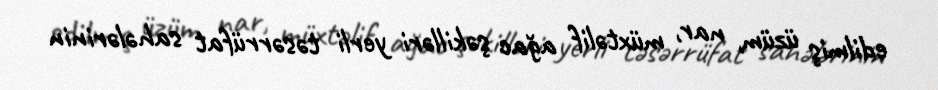
edilmiş üzüm, nar, müxtəlif ağac şəkilləri yerli təsərrüfat sahələrinin